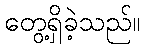
တွေ့ရှိခဲ့သည်။